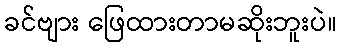
ခင်ဗျား ဖြေထားတာမဆိုးဘူးပဲ။